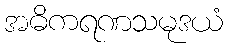
အဓိကရဏသမုဒယံ